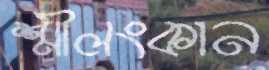
শ্রীলংকান